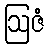
ဩဇံ